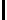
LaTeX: \mathsf{l}